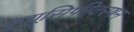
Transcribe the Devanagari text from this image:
क्र्यूसिफीक्स्षन